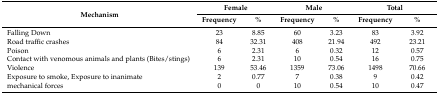
<table><thead><tr><td rowspan="2"><b>Mechanism</b></td><td colspan="2"><b>Female</b></td><td colspan="2"><b>Male</b></td><td colspan="2"><b>Total</b></td></tr><tr><td><b>Frequency</b></td><td><b>%</b></td><td><b>Frequency</b></td><td><b>%</b></td><td><b>Frequency</b></td><td><b>%</b></td></tr></thead><tbody><tr><td>Falling Down</td><td>23</td><td>8.85</td><td>60</td><td>3.23</td><td>83</td><td>3.92</td></tr><tr><td>Road traffic crashes</td><td>84</td><td>32.31</td><td>408</td><td>21.94</td><td>492</td><td>23.21</td></tr><tr><td>Poison</td><td>6</td><td>2.31</td><td>6</td><td>0.32</td><td>12</td><td>0.57</td></tr><tr><td>Contact with venomous animals and plants (Bites/stings)</td><td>6</td><td>2.31</td><td>10</td><td>0.54</td><td>16</td><td>0.75</td></tr><tr><td>Violence</td><td>139</td><td>53.46</td><td>1359</td><td>73.06</td><td>1498</td><td>70.66</td></tr><tr><td>Exposure to smoke, Exposure to inanimate</td><td>2</td><td>0.77</td><td>7</td><td>0.38</td><td>9</td><td>0.42</td></tr><tr><td>mechanical forces</td><td>0</td><td>0</td><td>10</td><td>0.54</td><td>10</td><td>0.47</td></tr></tbody></table>